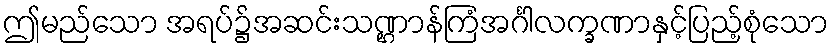
ဤမည်သော အရပ်၌အဆင်းသဏ္ဌာန်ကြံအင်္ဂါလက္ခဏာနှင့်ပြည့်စုံသော